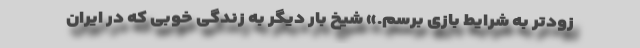
زودتر به شرایط بازی برسم.» شیخ بار دیگر به زندگی خوبی که در ایران